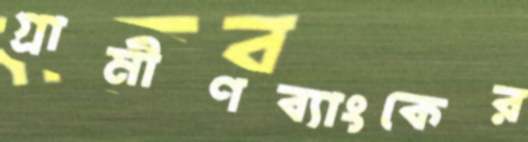
গ্রামীণব্যাংকের